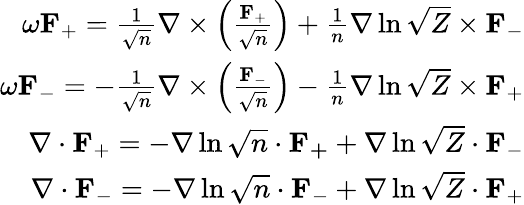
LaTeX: \begin{array}{r}{\omega\mathbf{F}_{+}=\frac{1}{\sqrt{n}}\nabla\times\left(\frac{\mathbf{F}_{+}}{\sqrt{n}}\right)+\frac{1}{n}\nabla\ln\sqrt{Z}\times\mathbf{F}_{-}}\\ {\omega\mathbf{F}_{-}=-\frac{1}{\sqrt{n}}\nabla\times\left(\frac{\mathbf{F}_{-}}{\sqrt{n}}\right)-\frac{1}{n}\nabla\ln\sqrt{Z}\times\mathbf{F}_{+}}\\ {\nabla\cdot\mathbf{F}_{+}=-\nabla\ln\sqrt{n}\cdot\mathbf{F_{+}}+\nabla\ln\sqrt{Z}\cdot\mathbf{F}_{-}}\\ {\nabla\cdot\mathbf{F}_{-}=-\nabla\ln\sqrt{n}\cdot\mathbf{F}_{-}+\nabla\ln\sqrt{Z}\cdot\mathbf{F}_{+}}\end{array}